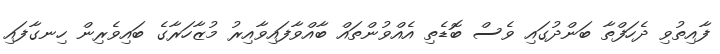
ފާއިތުވި ދެހަފްތާ ބަންދުގައި ވެސް ބޮޑެތި އެއްވުންތައް ބާއްވާފައިވާއިރު މުޒާހަރާގެ ބައިވެރިން ހިނގާފައި